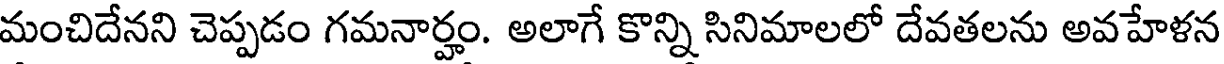
మంచిదేనని చెప్పడం గమనార్హం. అలాగే కొన్ని సినిమాలలో దేవతలను అవహేళన